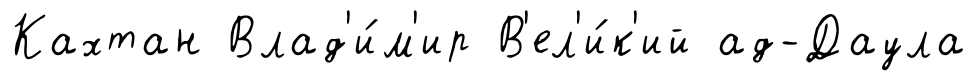
Кахтан Влад'и́м'ир В'ел'и́к'ий ад-Даула